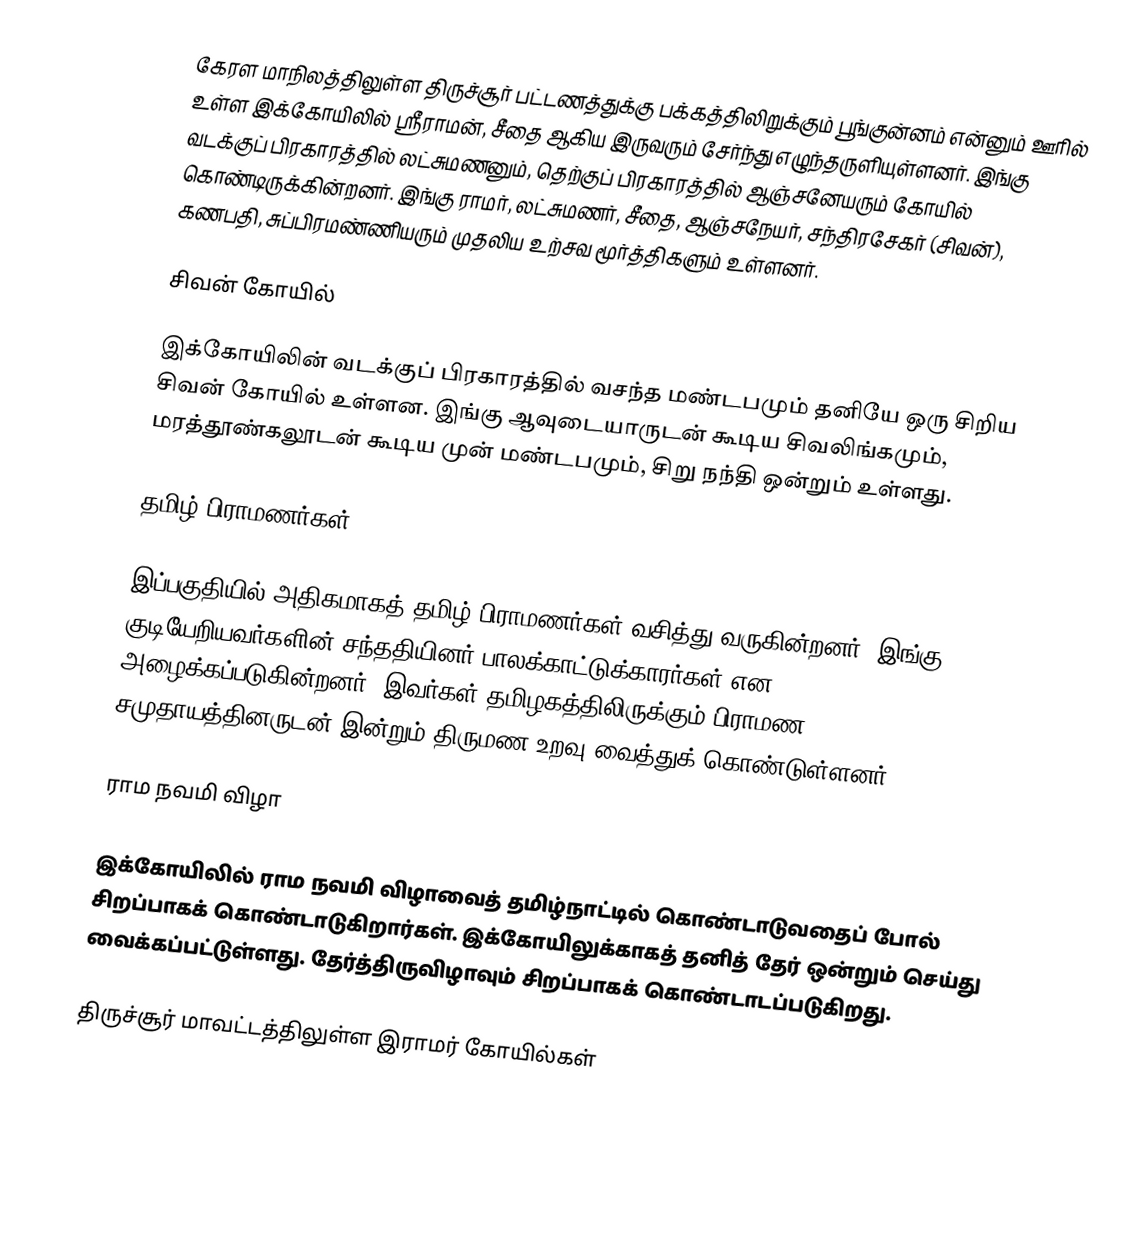
கேரள மாநிலத்திலுள்ள திருச்சூர் பட்டணத்துக்கு பக்கத்திலிறுக்கும் பூங்குன்னம் என்னும் ஊரில் உள்ள இக்கோயிலில் ஸ்ரீராமன், சீதை ஆகிய இருவரும் சேர்ந்து எழுந்தருளியுள்ளனர். இங்கு வடக்குப் பிரகாரத்தில் லட்சுமணனும், தெற்குப் பிரகாரத்தில் ஆஞ்சனேயரும் கோயில் கொண்டிருக்கின்றனர். இங்கு ராமர், லட்சுமணர், சீதை, ஆஞ்சநேயர், சந்திரசேகர் (சிவன்), கணபதி, சுப்பிரமண்ணியரும் முதலிய உற்சவ மூர்த்திகளும் உள்ளனர்.

சிவன் கோயில்

இக்கோயிலின் வடக்குப் பிரகாரத்தில் வசந்த மண்டபமும் தனியே ஒரு சிறிய சிவன் கோயில் உள்ளன. இங்கு ஆவுடையாருடன் கூடிய சிவலிங்கமும், மரத்தூண்கலூடன் கூடிய முன் மண்டபமும், சிறு நந்தி ஒன்றும் உள்ளது.

தமிழ் பிராமணர்கள்

இப்பகுதியில் அதிகமாகத் தமிழ் பிராமணர்கள் வசித்து வருகின்றனர். இங்கு குடியேறியவர்களின் சந்ததியினர் பாலக்காட்டுக்காரர்கள் என அழைக்கப்படுகின்றனர். இவர்கள் தமிழகத்திலிருக்கும் பிராமண சமுதாயத்தினருடன் இன்றும் திருமண உறவு வைத்துக் கொண்டுள்ளனர்.

ராம நவமி விழா

இக்கோயிலில் ராம நவமி விழாவைத் தமிழ்நாட்டில் கொண்டாடுவதைப் போல் சிறப்பாகக் கொண்டாடுகிறார்கள். இக்கோயிலுக்காகத் தனித் தேர் ஒன்றும் செய்து வைக்கப்பட்டுள்ளது. தேர்த்திருவிழாவும் சிறப்பாகக் கொண்டாடப்படுகிறது.

திருச்சூர் மாவட்டத்திலுள்ள இராமர் கோயில்கள்